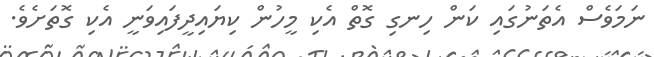
ނަމަވެސް އެތަނުގައި ކަން ހިނގި ގޮތް އެކި މީހުން ކިޔައިދީފައިވަނީ އެކި ގޮތަށެވެ.